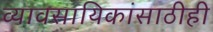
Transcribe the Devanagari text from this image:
व्यावसायिकांसाठीही